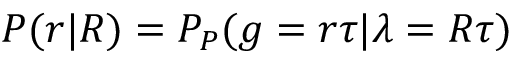
P ( r | R ) = P _ { P } ( g = r \tau | \lambda = R \tau )